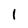
Character: 1